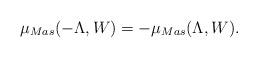
LaTeX: \begin{align*}\mu_{Mas}(-\Lambda,W)=-\mu_{Mas}(\Lambda,W).\end{align*}